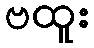
ဗထူး